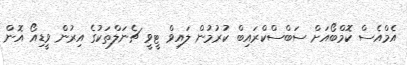
އެމްއެސް ކޮމްބޯއަށް ސަބްސްކްރައިބް ކުރުމުން ލައިވް ޓީވީ ޗެނަލްތަކުގެ އިރުން ވީޑިއޯ އޮން